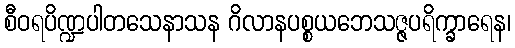
စီဝရပိဏ္ဍပါတသေနာသန ဂိလာနပစ္စယဘေသဇ္ဇပရိက္ခာရေန၊